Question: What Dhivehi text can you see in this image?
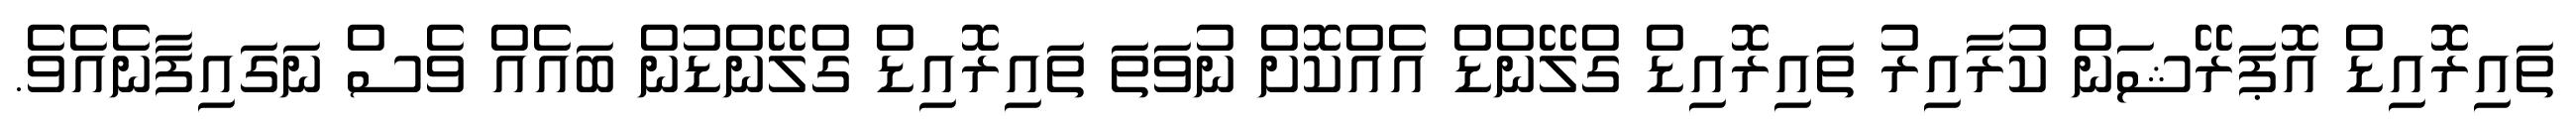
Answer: ތައިރޮއިޑް އޮޕަރޭޝަން ކުރާއިރު ތައިރޮއިޑް ގްލޭންޑް އެއްކޮށް ނުވަތަ ތައިރޮއިޑް ގްލޭންޑުން ބައެއް ވެސް ނަގައިފާނެއެވެ.